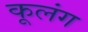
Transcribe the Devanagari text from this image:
कूलंग